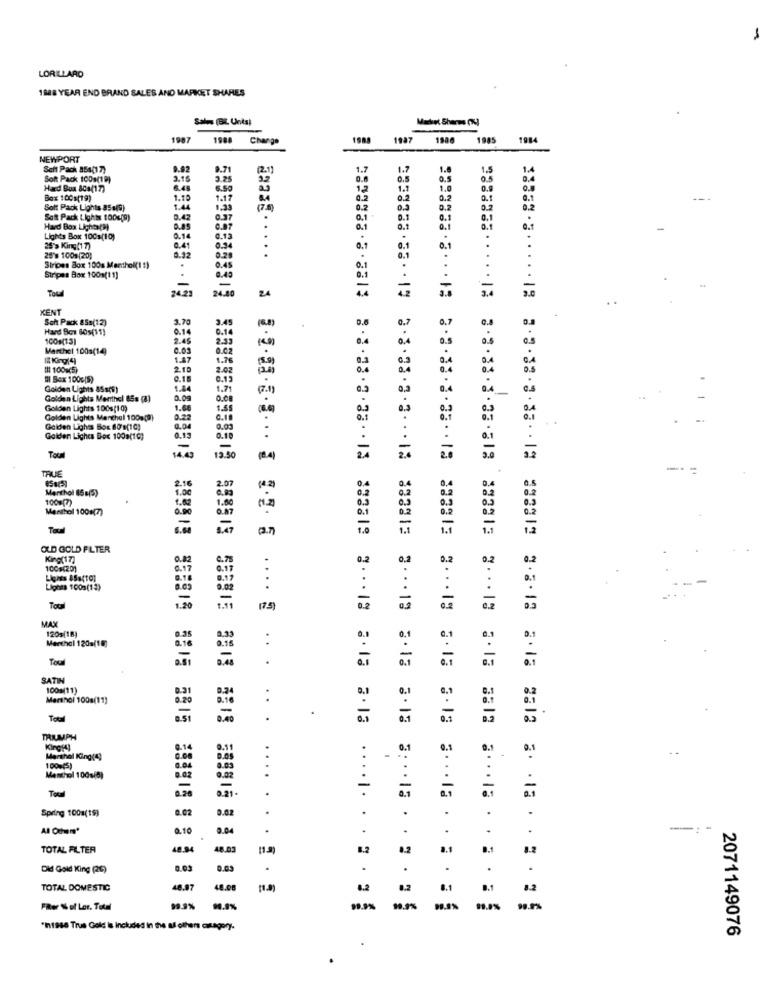
LORILLARD
1888 YEAR END BRAND SALES AND MARKET SHARES
Sales (BIL Unts)
1987 1988 Change
1988
1987
1985
1984
-
NEWPORT
Seit Pack 854(17)
0.02
9.71
2.1
1.7
1.7
1.
1.5
1.4
Soft Pack 100g(19)
2.15
3.2
0.5
0.5
0.5
0,4
Had Box 808(17)
6.50
1.7
1.0
0.9
Box 1001(19)
1.10
1.17
0.2
0.2
0.2
Solt Pack Lights 858(9)
1.44
1.33
17.5
0.2
0.3
0.2
Satt Pack Lights to0g(9)
0.42
0.37
0.1
0.1
0.1
0.1
Hard Box Lights(9)
B.85
C.87
0.1
0.1
0.1
.
Lights Box 10Cs(10)
0.14
0.13
25's King(1 7)
0.41
0.54
.
0.1
0.1
25's 1009(20)
0.32
0.28
0.45
.
Stripes Box 100g Menthol(1 1)
0.1
Stripes Box 100g(11)
0.40
0.1
Toul
13
24
-
KENT
Sont Pack 85s(12)
3.70
3.45
0.7
0.7
Hard Box 80s(11)
0.14
0.14
100g(15)
2.45
2.35
Marchel 100s(14)
0.03
1.47
1.76
IHI 1009(5)
2.10
2.02
Il Bex 100c(S)
0.18
0.12
Golden Lights 85s(s)
1.84
1.71
Golden Lights Menthol 85s (8)
0.09
0.08
Golden Lights 100s(10)
1.68
1.55
Golden Lights Manchal 100a(0)
0.22
0.10
Golden Light Box 80's(10)
0.04
0.03
Golden Liches Box 100a(1℃)
0.13
0.10
14€
Toul
13.50
2.6
TRUE
2.3 .33 .3.13.12
.-
2.07
Menthol (5g(5)
1.00
100%(7)
1.00
Menthol 1001(7)
Toul
1.47
OLD GOLD FILTER
King(17)
0.82
0.75
0.2
0,2
0.2
0.2
0.2
100s(20)
6.17
Lights 1003(13)
9.02
....
(75)
MAX
1205(18)
Marchal 120a(18]
0.35
..
0.1
0.1
SATIN
1001(11)
0.31
Marshol 1008(11)
0.20
Tou
556815 3513 5513
TRIUMPH
King[4]
9.14
0.1
0.1
0.1
Marthal King(4)
0.00
...
100%(5)
0.03
Menthol 100g(8)
0.02
0.02
-
Spring 100s(15)
0.02
0.02
.
0.10
0.04
.
TOTAL FILTER
48.94
18.03
[1.9)
8.2
8.1
1.2
. . .
Did Gold King (26)
0.03
0.03
.
TOTAL DOMESTIC
48.97
48.08
8.2
8.2
8.1
8.2
Pier % of Ler. Total
19.9%
19.9%
99.9%
"if886 Trus Gold is Included in the al others category.
.
2071149076